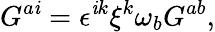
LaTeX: G^{a\mathit{i}}=\epsilon^{\mathit{i}k}\xi^{k}\omega_{b}G^{ab},